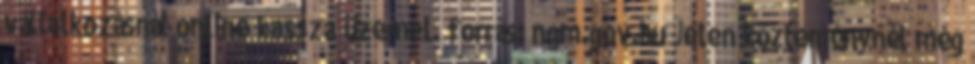
vállalkozásnál online kassza üzemel. forrás: ngm.gov.hu Jelen közleménynél még